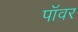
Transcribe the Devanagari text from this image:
पाॅवर